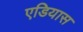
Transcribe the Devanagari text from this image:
एडियास